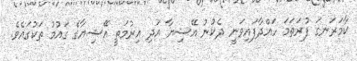
ކާމަރަނގަ ފުރަތަމަ ހައްދާފައިވަނީ ދެކުނު އޭޝިޔާ އަދި އިރުމަތީ އޭޝިޔާގެ ގައުމު ތަކުގައެވެ.